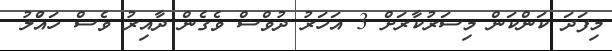
މިފަދަ ކަންކަން މިސަރުކާރަށް 3 އަހަރު ދުވްސް ވެގެން ދާއިރު ވެސް ހައުްލު